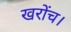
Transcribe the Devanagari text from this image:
खरोंच।